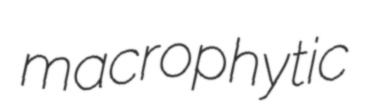
macrophytic